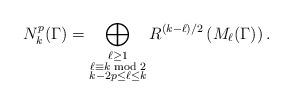
LaTeX: \begin{align*} N_k^p(\Gamma)=\bigoplus_{\substack{\ell\ge 1\\\ell\equiv k\bmod{2}\\k-2p\le\ell\le k}} R^{(k-\ell)/2}\left(M_\ell(\Gamma)\right). \end{align*}